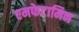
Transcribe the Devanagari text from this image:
एमफेटामिन